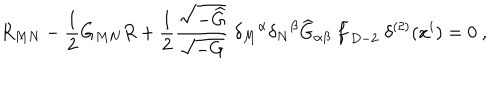
LaTeX: R _ { M N } - { \frac { 1 } { 2 } } G _ { M N } R + { \frac { 1 } { 2 } } { \frac { \sqrt { - { \widehat G } } } { \sqrt { - G } } } ~ { \delta _ { M } } ^ { \alpha } { \delta _ { N } } ^ { \beta } { \widehat G } _ { \alpha \beta } ~ { \widetilde f } _ { D - 2 } ~ \delta ^ { ( 2 ) } ( x ^ { i } ) = 0 ~ ,